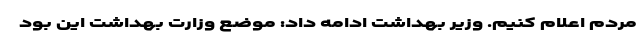
مردم اعلام کنیم. وزیر بهداشت ادامه داد: موضع وزارت بهداشت این بود